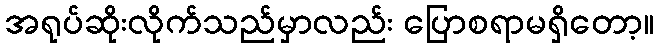
အရုပ်ဆိုးလိုက်သည်မှာလည်း ပြောစရာမရှိတော့။